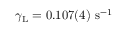
\gamma _ { \mathrm { L } } = 0 . 1 0 7 ( 4 ) ~ \mathrm { s ^ { - 1 } }